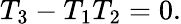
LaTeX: T_{3}-T_{1}T_{2}=0.